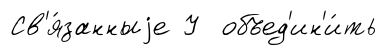
Св'я́занныjе У объед'ин'и́ть